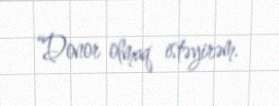
“Donor olmaq istəyirəm.